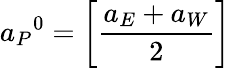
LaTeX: {a_{P}}^{0}=\left[{\frac{a_{E}+a_{W}}{2}}\right]